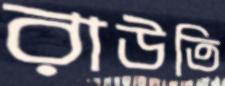
রাউতি